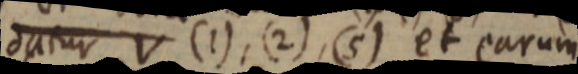
datur V (1), (2), (5) et earum